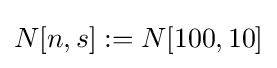
N[n,s]:=N[100,10]